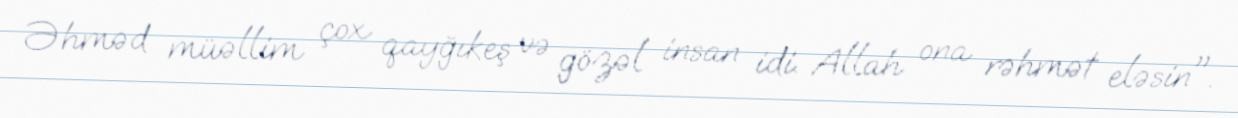
Əhməd müəllim çox qayğıkeş və gözəl insan idi. Allah ona rəhmət eləsin".